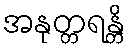
အနုတ္တရန္တိ